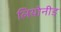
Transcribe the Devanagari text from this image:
लियोनीड